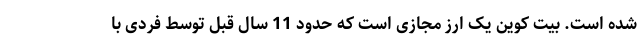
شده است. بیت کوین یک ارز مجازی است که حدود 11 سال قبل توسط فردی با